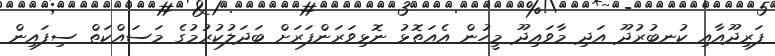
ފަރިދޫއާއި ކުނބުރުދޫ އަދި މާވައިދޫ މީހުން އެއަތޮޅު ނޮޅިވަރަންފަރަށް ބަދަލުކުރުމުގެ މަސައްކަތް ސިފައިން